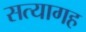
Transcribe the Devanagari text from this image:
सत्यागह